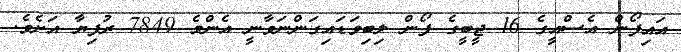
އައިފޯން އެސްއީގެ 16 ޖީބީގެ ފޯން ލިބިވަޑައިގަންނަވާނީ އެންމެ 7849 ރުފިޔާ އަށެވެ.